Vaccination United Provinces of Agra and Oudh 1914-1922 - 1914-1922
Year: 1914
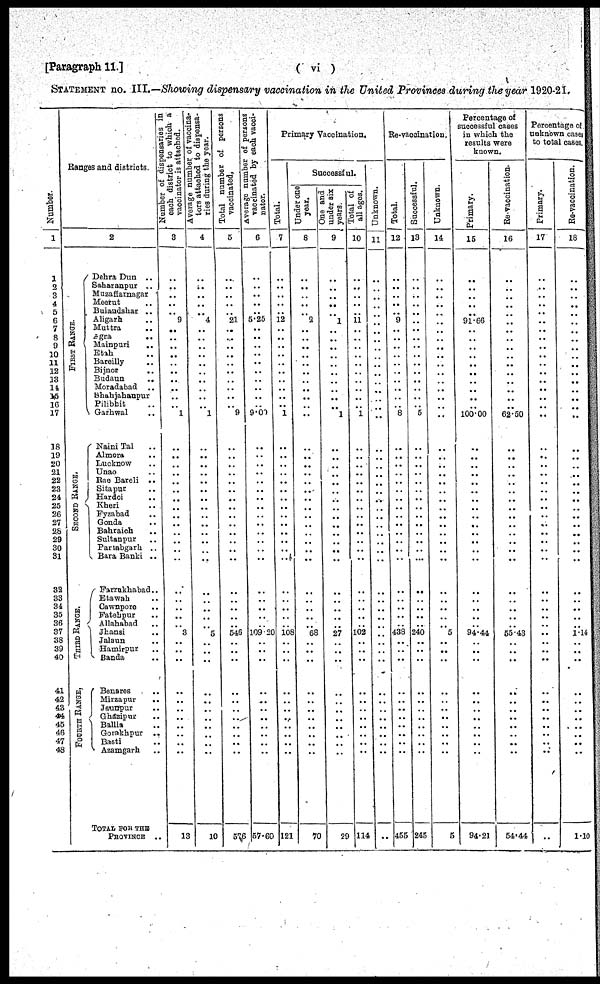
[Paragraph 11.]
( vi )
STATEMENT no. III.— Showing dispensary vaccination in the United Provinces during the year 1920-21.
Number.
1
1
2
3
4
5
6
7
8
9
10
11
12
13
14
15
16
17
18
19
20
21
22
23
24
25
26
27
26
29
30
31
33
33
34
35
36
37
38
39
40
41
42
43
44
45
46
47
48
Ranges and districts.
FIRST RANGE.
SECOND RANGE.
THIRD RANGE.
FOURTH RANGE.
2
Dhera Dun ..
Saharanpur ..
Muzaffarnagar ..
Meerut ..
Buiandshar ..
Aligarh ..
Muttra ..
Agra ..
Mainpuri
..
Etah ..
Bareilly ..
Aligarh ..
Muttra ..
Agra ..
Shahjahanpur ..
Pilibhit ..
Garhwal ..
Naini Tal ..
Almora ..
Lucknow ..
Unao ..
Rae Bareli ..
Sitapur ..
Hardoi ..
Kheri ..
Fyzabad ..
Gonda ..
Bahraich ..
Sultanpur ..
Partabgarh ..
Bara Banki ..
Farrukhabad ..
Etawah ..
Cawnpore ..
Fatehpur ..
Allahabad ..
Jhansi ..
Jalun ..
Hamirpur ..
Banda ..
Benares ..
Mirzapur ..
Jaunpur ..
Ghazipur ..
Ballia ..
Gorakhpur ..
Basti ..
Azamgarh ..
TOTAL FOR THE
PROVINCE
..
Number of dispensaries in
each district to which a
vaccinator
is
attached.
3
..
..
..
..
..
9
..
..
..
..
..
..
..
..
..
..
1
..
..
..
..
..
..
..
..
..
..
..
..
..
..
..
..
..
..
..
3
..
..
..
..
..
..
..
..
..
..
..
13
Average number of vaccina-
tors attached to dispensa-
ries
during
the
year.
4
..
..
..
..
..
4
..
..
..
..
..
..
..
..
..
..
1
..
..
..
..
..
..
..
..
..
..
..
..
..
..
..
..
..
..
..
5
..
..
..
..
..
..
..
..
..
..
..
10
Total number of persons
vaccinated.
5
..
..
..
..
..
21
..
..
..
..
..
..
..
..
..
..
9
..
..
..
..
..
..
..
..
..
..
..
..
..
..
..
..
..
..
..
546
..
..
..
..
..
..
..
..
..
..
..
576
Average number of persons
vaccinated by each vacci-
nator.
6
..
..
..
..
..
5.25
..
..
..
..
..
..
..
..
..
..
9.00
..
..
..
..
..
..
..
..
..
..
..
..
..
..
..
..
..
..
..
109.20
..
..
..
..
..
..
..
..
..
..
..
57.60
Primary Vaccination.
Total.
7
..
..
..
..
..
12
..
..
..
..
..
..
..
..
..
..
1
..
..
..
..
..
..
..
..
..
..
..
..
..
..
..
..
..
..
..
108
..
..
..
..
..
..
..
..
..
..
..
121
Successful.
Under one
year.
8
..
..
..
..
..
2
..
..
..
..
..
..
..
..
..
..
..
..
..
..
..
..
..
..
..
..
..
..
..
..
..
..
..
..
..
..
68
..
..
..
..
..
..
..
..
..
..
..
70
under six
years.
9
..
..
..
..
..
1
..
..
..
..
..
..
..
..
..
..
1
..
..
..
..
..
..
..
..
..
..
..
..
..
..
..
..
..
..
..
27
..
..
..
..
..
..
..
..
..
..
..
29
all ages.
10
..
..
..
..
..
11
..
..
..
..
..
..
..
..
..
..
1
..
..
..
..
..
..
..
..
..
..
..
..
..
..
..
..
..
..
..
102
..
..
..
..
..
..
..
..
..
..
..
114
Unknown.
11
..
..
..
..
..
..
..
..
..
..
..
..
..
..
..
..
..
..
..
..
..
..
..
..
..
..
..
..
..
..
..
..
..
..
..
..
..
..
..
..
..
..
..
..
..
..
..
..
..
Re-vaccination.
Total.
12
..
..
..
..
..
9
..
..
..
..
..
..
..
..
..
..
8
..
..
..
..
..
..
..
..
..
..
..
..
..
..
..
..
..
..
..
438
..
..
..
..
..
..
..
..
..
..
..
455
Successful.
13
..
..
..
..
..
..
..
..
..
..
..
..
..
..
..
..
5
..
..
..
..
..
..
..
..
..
..
..
..
..
..
..
..
..
..
..
240
..
..
..
..
..
..
..
..
..
..
..
245
Unknown.
14
..
..
..
..
..
..
..
..
..
..
..
..
..
..
..
..
..
..
..
..
..
..
..
..
..
..
..
..
..
..
..
..
..
..
..
..
5
..
..
..
..
..
..
..
..
..
..
..
5
Percentage of
successful cases
in which the
results were
known.
Primary.
15
..
..
..
..
..
91.66
..
..
..
..
..
..
..
..
..
..
100.00
..
..
..
..
..
..
..
..
..
..
..
..
..
..
..
..
..
..
..
94.44
..
..
..
..
..
..
..
..
..
..
..
94.21
Re-vaccination.
16
..
..
..
..
..
..
..
..
..
..
..
..
..
..
..
..
62.50
..
..
..
..
..
..
..
..
..
..
..
..
..
..
..
..
..
..
..
55.43
..
..
..
..
..
..
..
..
..
..
..
54.44
Percentage of
unknown cases
to total cases.
Primary.
17
..
..
..
..
..
..
..
..
..
..
..
..
..
..
..
..
..
..
..
..
..
..
..
..
..
..
..
..
..
..
..
..
..
..
..
..
..
..
..
..
..
..
..
..
..
..
..
..
..
Re-vaccination.
18
..
..
..
..
..
..
..
..
..
..
..
..
..
..
..
..
..
..
..
..
..
..
..
..
..
..
..
..
..
..
..
..
..
..
..
..
1.14
..
..
..
..
..
..
..
..
..
..
..
1.10